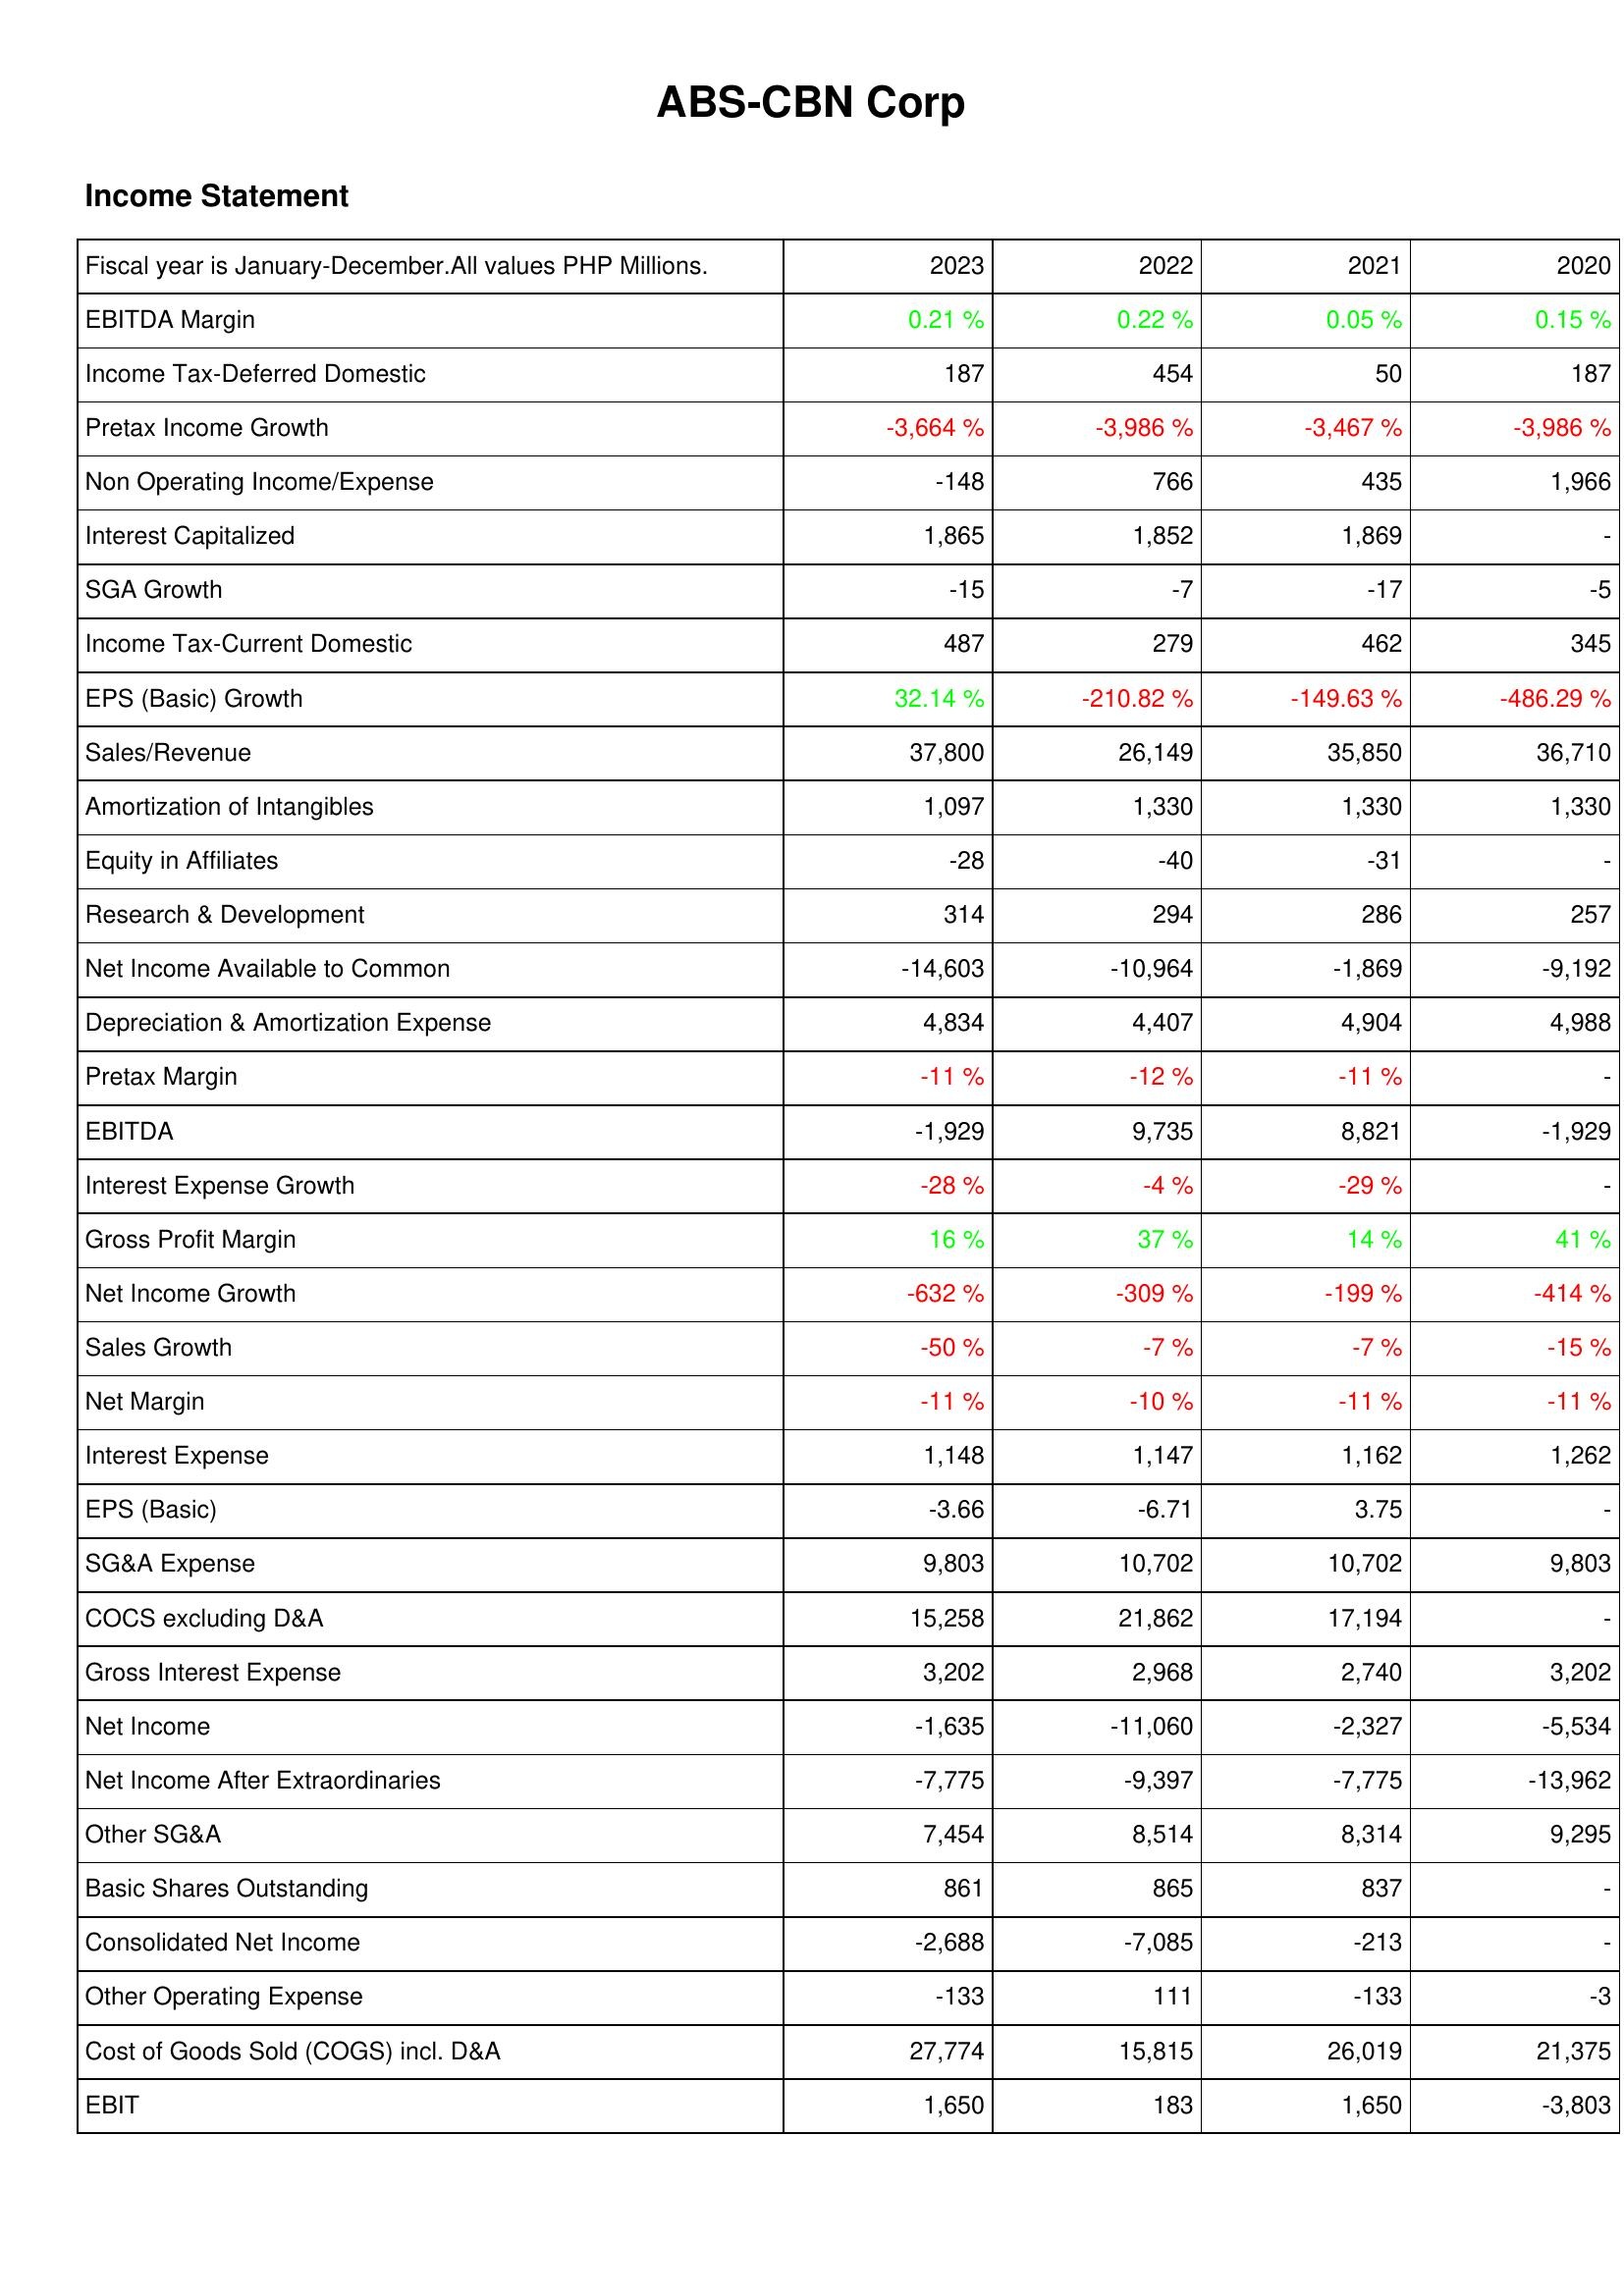
2023: Income Statement: EBITDA Margin: 0.21 %
Income Tax-Deferred Domestic: 187
Pretax Income Growth: -3,664 %
Non Operating Income/Expense: -148
Interest Capitalized: 1,865
SGA Growth: -15
Income Tax-Current Domestic: 487
EPS (Basic) Growth: 32.14 %
Sales/Revenue: 37,800
Amortization of Intangibles: 1,097
Equity in Affiliates: -28
Research & Development: 314
Net Income Available to Common: -14,603
Depreciation & Amortization Expense: 4,834
Pretax Margin: -11 %
EBITDA: -1,929
Interest Expense Growth: -28 %
Gross Profit Margin: 16 %
Net Income Growth: -632 %
Sales Growth: -50 %
Net Margin: -11 %
Interest Expense: 1,148
EPS (Basic): -3.66
SG&A Expense: 9,803
COCS excluding D&A: 15,258
Gross Interest Expense: 3,202
Net Income: -1,635
Net Income After Extraordinaries: -7,775
Other SG&A: 7,454
Basic Shares Outstanding: 861
Consolidated Net Income: -2,688
Other Operating Expense: -133
Cost of Goods Sold (COGS) incl. D&A: 27,774
EBIT: 1,650
2022: Income Statement: EBITDA Margin: 0.22 %
Income Tax-Deferred Domestic: 454
Pretax Income Growth: -3,986 %
Non Operating Income/Expense: 766
Interest Capitalized: 1,852
SGA Growth: -7
Income Tax-Current Domestic: 279
EPS (Basic) Growth: -210.82 %
Sales/Revenue: 26,149
Amortization of Intangibles: 1,330
Equity in Affiliates: -40
Research & Development: 294
Net Income Available to Common: -10,964
Depreciation & Amortization Expense: 4,407
Pretax Margin: -12 %
EBITDA: 9,735
Interest Expense Growth: -4 %
Gross Profit Margin: 37 %
Net Income Growth: -309 %
Sales Growth: -7 %
Net Margin: -10 %
Interest Expense: 1,147
EPS (Basic): -6.71
SG&A Expense: 10,702
COCS excluding D&A: 21,862
Gross Interest Expense: 2,968
Net Income: -11,060
Net Income After Extraordinaries: -9,397
Other SG&A: 8,514
Basic Shares Outstanding: 865
Consolidated Net Income: -7,085
Other Operating Expense: 111
Cost of Goods Sold (COGS) incl. D&A: 15,815
EBIT: 183
2021: Income Statement: EBITDA Margin: 0.05 %
Income Tax-Deferred Domestic: 50
Pretax Income Growth: -3,467 %
Non Operating Income/Expense: 435
Interest Capitalized: 1,869
SGA Growth: -17
Income Tax-Current Domestic: 462
EPS (Basic) Growth: -149.63 %
Sales/Revenue: 35,850
Amortization of Intangibles: 1,330
Equity in Affiliates: -31
Research & Development: 286
Net Income Available to Common: -1,869
Depreciation & Amortization Expense: 4,904
Pretax Margin: -11 %
EBITDA: 8,821
Interest Expense Growth: -29 %
Gross Profit Margin: 14 %
Net Income Growth: -199 %
Sales Growth: -7 %
Net Margin: -11 %
Interest Expense: 1,162
EPS (Basic): 3.75
SG&A Expense: 10,702
COCS excluding D&A: 17,194
Gross Interest Expense: 2,740
Net Income: -2,327
Net Income After Extraordinaries: -7,775
Other SG&A: 8,314
Basic Shares Outstanding: 837
Consolidated Net Income: -213
Other Operating Expense: -133
Cost of Goods Sold (COGS) incl. D&A: 26,019
EBIT: 1,650
2020: Income Statement: EBITDA Margin: 0.15 %
Income Tax-Deferred Domestic: 187
Pretax Income Growth: -3,986 %
Non Operating Income/Expense: 1,966
Interest Capitalized: -
SGA Growth: -5
Income Tax-Current Domestic: 345
EPS (Basic) Growth: -486.29 %
Sales/Revenue: 36,710
Amortization of Intangibles: 1,330
Equity in Affiliates: -
Research & Development: 257
Net Income Available to Common: -9,192
Depreciation & Amortization Expense: 4,988
Pretax Margin: -
EBITDA: -1,929
Interest Expense Growth: -
Gross Profit Margin: 41 %
Net Income Growth: -414 %
Sales Growth: -15 %
Net Margin: -11 %
Interest Expense: 1,262
EPS (Basic): -
SG&A Expense: 9,803
COCS excluding D&A: -
Gross Interest Expense: 3,202
Net Income: -5,534
Net Income After Extraordinaries: -13,962
Other SG&A: 9,295
Basic Shares Outstanding: -
Consolidated Net Income: -
Other Operating Expense: -3
Cost of Goods Sold (COGS) incl. D&A: 21,375
EBIT: -3,803